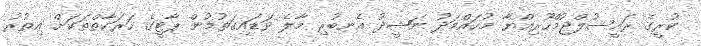
ކުރީގެ ރައީސުލްޖުމްހޫރިއްޔާ މުހައްމަދު ނަޝީދު އެނބުރި މާލެ ވަޑައިގަތުމުން ޕާޓީގެ ހަރަކާތްތަކަށް އިތުރު